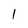
Character: 1